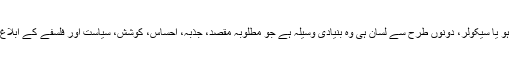
مذہبی نظریۂ ارتقا ہو یا سیکولر، دونوں طرح سے لسان ہی وہ بنیادی وسیلہ ہے جو مطلوبہ مقصد، جذبہ، احساس، کوشش، سیاست اور فلسفے کے ابلاغ کو ممکن بناتا ہے۔